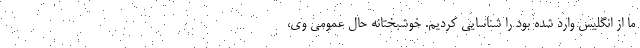
ما از انگلیس وارد شده بود را شناسایی کردیم. خوشبختانه حال عمومی وی،